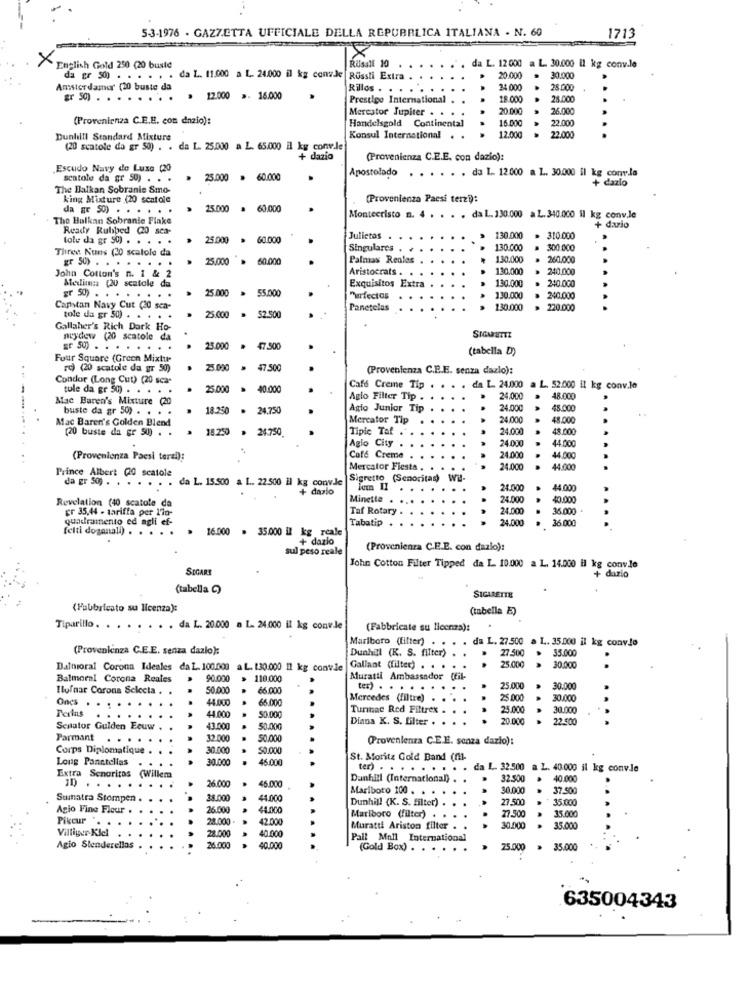
5-3-1976 - GAZZETTA UFFICIALE DELLA REPUBBLICA ITALIANA - N. 60
1713
X
English Gold 250 (20 buste
RUsall 10
da L. 12 000 a L. 30.000 il kg conv.le
da gr 50) . . . . . . da L. 11.000 a L. 24.000 il kg conw.Je RUssti Extra .
20.000
30.000
Amsterdamor (20 buste da
Rillos .
24.000
28.000
gr 59) . . .
...
12.000 ». 16.000
Prestige International
18.000
28.000
Mercator Jupiter . .
20.00
26.000
(Provenienza C.E.E. com dnzio):
Handelsgold Continental
16.000
22.000
Dunhill Standard Mixture
Konsul International
12.000
22.000
(20 scatole da gr 50) . . da L. 25.000 a L. 65.000 il kg come.le
+ dazio
(Provenienza C.E.E. con dazio):
Escudo Navy de Luxe (20
Apostolado . .
... . da L. 12000 a 1 .. 30.000 il kg conla
scatole da gr 50) .
25.000 = 60.000
+ dazio
The Balkan Sobranie Smo-
king Mixture (20 scatole
(Provenienza Paesi terzi):
da ET 50) . .
..
25.000 = 60.000
The Balkan Sobranie Flake
Montecristo m. 4 . . . . da L. 130.000 a L. 340.000 il kg conv.le
Ready Rubbed (20 sca-
+ dario
lolu da gr SO) . .
25.000 > 60.000
Julietas.
130.000
310.000
Three Nuns (20 scatole da
Singulares .
130.000
300.000
....
25.000 > 50.000
Palmas Reales
130.000
260.000
gr 50) . . .
Aristocrats .
130.000
240,000
John Cotton's n. 1 & 2
Medina (20 scatole da
130.000
gr 50)
25.000 > 55.000
Exquisitos Extra
240.00
Purfectos
130.000
240.000
Capstan Navy Cut (20 sca-
Panetelas
130.000
..
220.000
tole da gr 50) . . . .
25.000 = 52.500
Gallaher's Rich Dark Ho-
ncydew (20 scatole da
23.000 * 47.500
(tabella D)
Four Square (Green Mixture
rc) (20 scatole da gr 50)
25.000 = 47.500
(Provenienza C.P.E. senza dazlo):
Condor (Long Cut) (20 sca-
tule da gr 50) . . . .
.
25.000 > 40.000
Café Creme Tip
da L. 24.000 a L. 52.000 il kg conv.le
Mac Baren's Mixture (20
Aglo Filter Tip .
24.00
48.000
--
buste da gr 50) . . . .
18.250 = 24.750
Agio Junior Tip
24.000
48.000
Mac Baren's Golden Blend
Mercator Tip
24.000
48.000
(20 buste da gr 50) .
18.250 . 24.750
Tipic Taf .
....
24.000
48.000
24.000
44.000
Aglo City
..
(Provenienza Paesi terzi):
Cafe Creme
24.000
44.000
Mercator Fiesta .
24.000
..
44.000
Prince Albert (20 scatole
. da L. 15.500 a L. 22.500 il kg conv.Je
Sigretto (Senoritas)
da gr 50; . . . .
+ dario
24.000
44.00g
Minetta . ...
24.000
40.000
Revelation (40 scatole da
gr 35,44 - tariffa per 170-
Taf Rotary . .
24.000
.
36.000
quadramento ed agli ef-
24.000
36 000
felti doganali) . .
16.000 . 35.000 il kg rcale
Tabatip . . .
+ dazio
sul peso reale
(Provenienza C.E.E. con dazlo):
SECARE
John Cotton Filter Tipped da L. 10.000 a L. 14.000 il kg convie
+ dazio
(tabella ()
SIGARETTE
(Fabbricato su licenza):
(tabelle E)
Tiparillo. . . . ... . da L. 20.000 a L. 24.000 il kg conwle
(Fabbricate su licenza):
Marlboro (filter)
da L. 27.500
L. 35000 il kg convlo
(Provenienza C.E.E. senza dazlo):
Dunhill (K. S. filter)
27.500
35.000
.
Dalnioral Corona Ideales da L. 100.000 a L. 130.000 11 kg convie
Gallant (filter) . . .
. .
25.000
30.000
Balmoral Corona Reales
90.00
110.000
Muratti Ambassador (til-
Ilofnar Corona Selecta .
50.000
6.000
ter) . . .
25.000
30.000
Oncs .
44 000
66.000
Mercedes (filtre)
..
25.000
30.000
Perlas
Turmae Red Filtrex
25.000
30.000
. ..
44.000
50.000
Diana K. S. filter .
..
20.000
22.500
Senator Guiden Eeuw .
43.000
50.000
Parmant
32.000
$0.000
(Provenienza C.E.E. sonza dazio):
Corps Diplomatique
30.000
50.000
Long Panatellas
30.000
30.000 * 46.000
St. Moritz Gold Band (fil-
ter) .
da L. 32.500 a. L. 40.000 il kg comvJe
Extra Senoritas (Willem
46.000
Dunhill (International) .
32.500
40.000
Il . . ..
....
26.00
Mariboto 100 . . .
30.000
37.50
Suinatra Stompen . ..
28.000
44.000
Dunhill (K. S. filter)
27.500
15:00
Agio Fine Fleur .
26.000
44.000
77.500
15,00
Pikcur
28.000 -
42.000
Marlboro (filter) .
Villiger-Kiel
28.000
40.000
Murattl Ariston filter
..
30.000
35.000
Pall Mall International
Agio Stenderellos
26.000
40.000
(Gold Box) .
. .
25.000
35.000
635004343